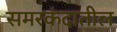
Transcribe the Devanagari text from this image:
समरकंदातील